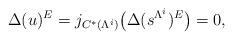
LaTeX: \begin{align*}\Delta(u)^E=j_{C^*(\Lambda^i)}\big(\Delta(s^{\Lambda^i})^E\big)=0,\end{align*}